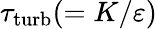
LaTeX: \tau_{\mathrm{{turb}}}(=K/\varepsilon)